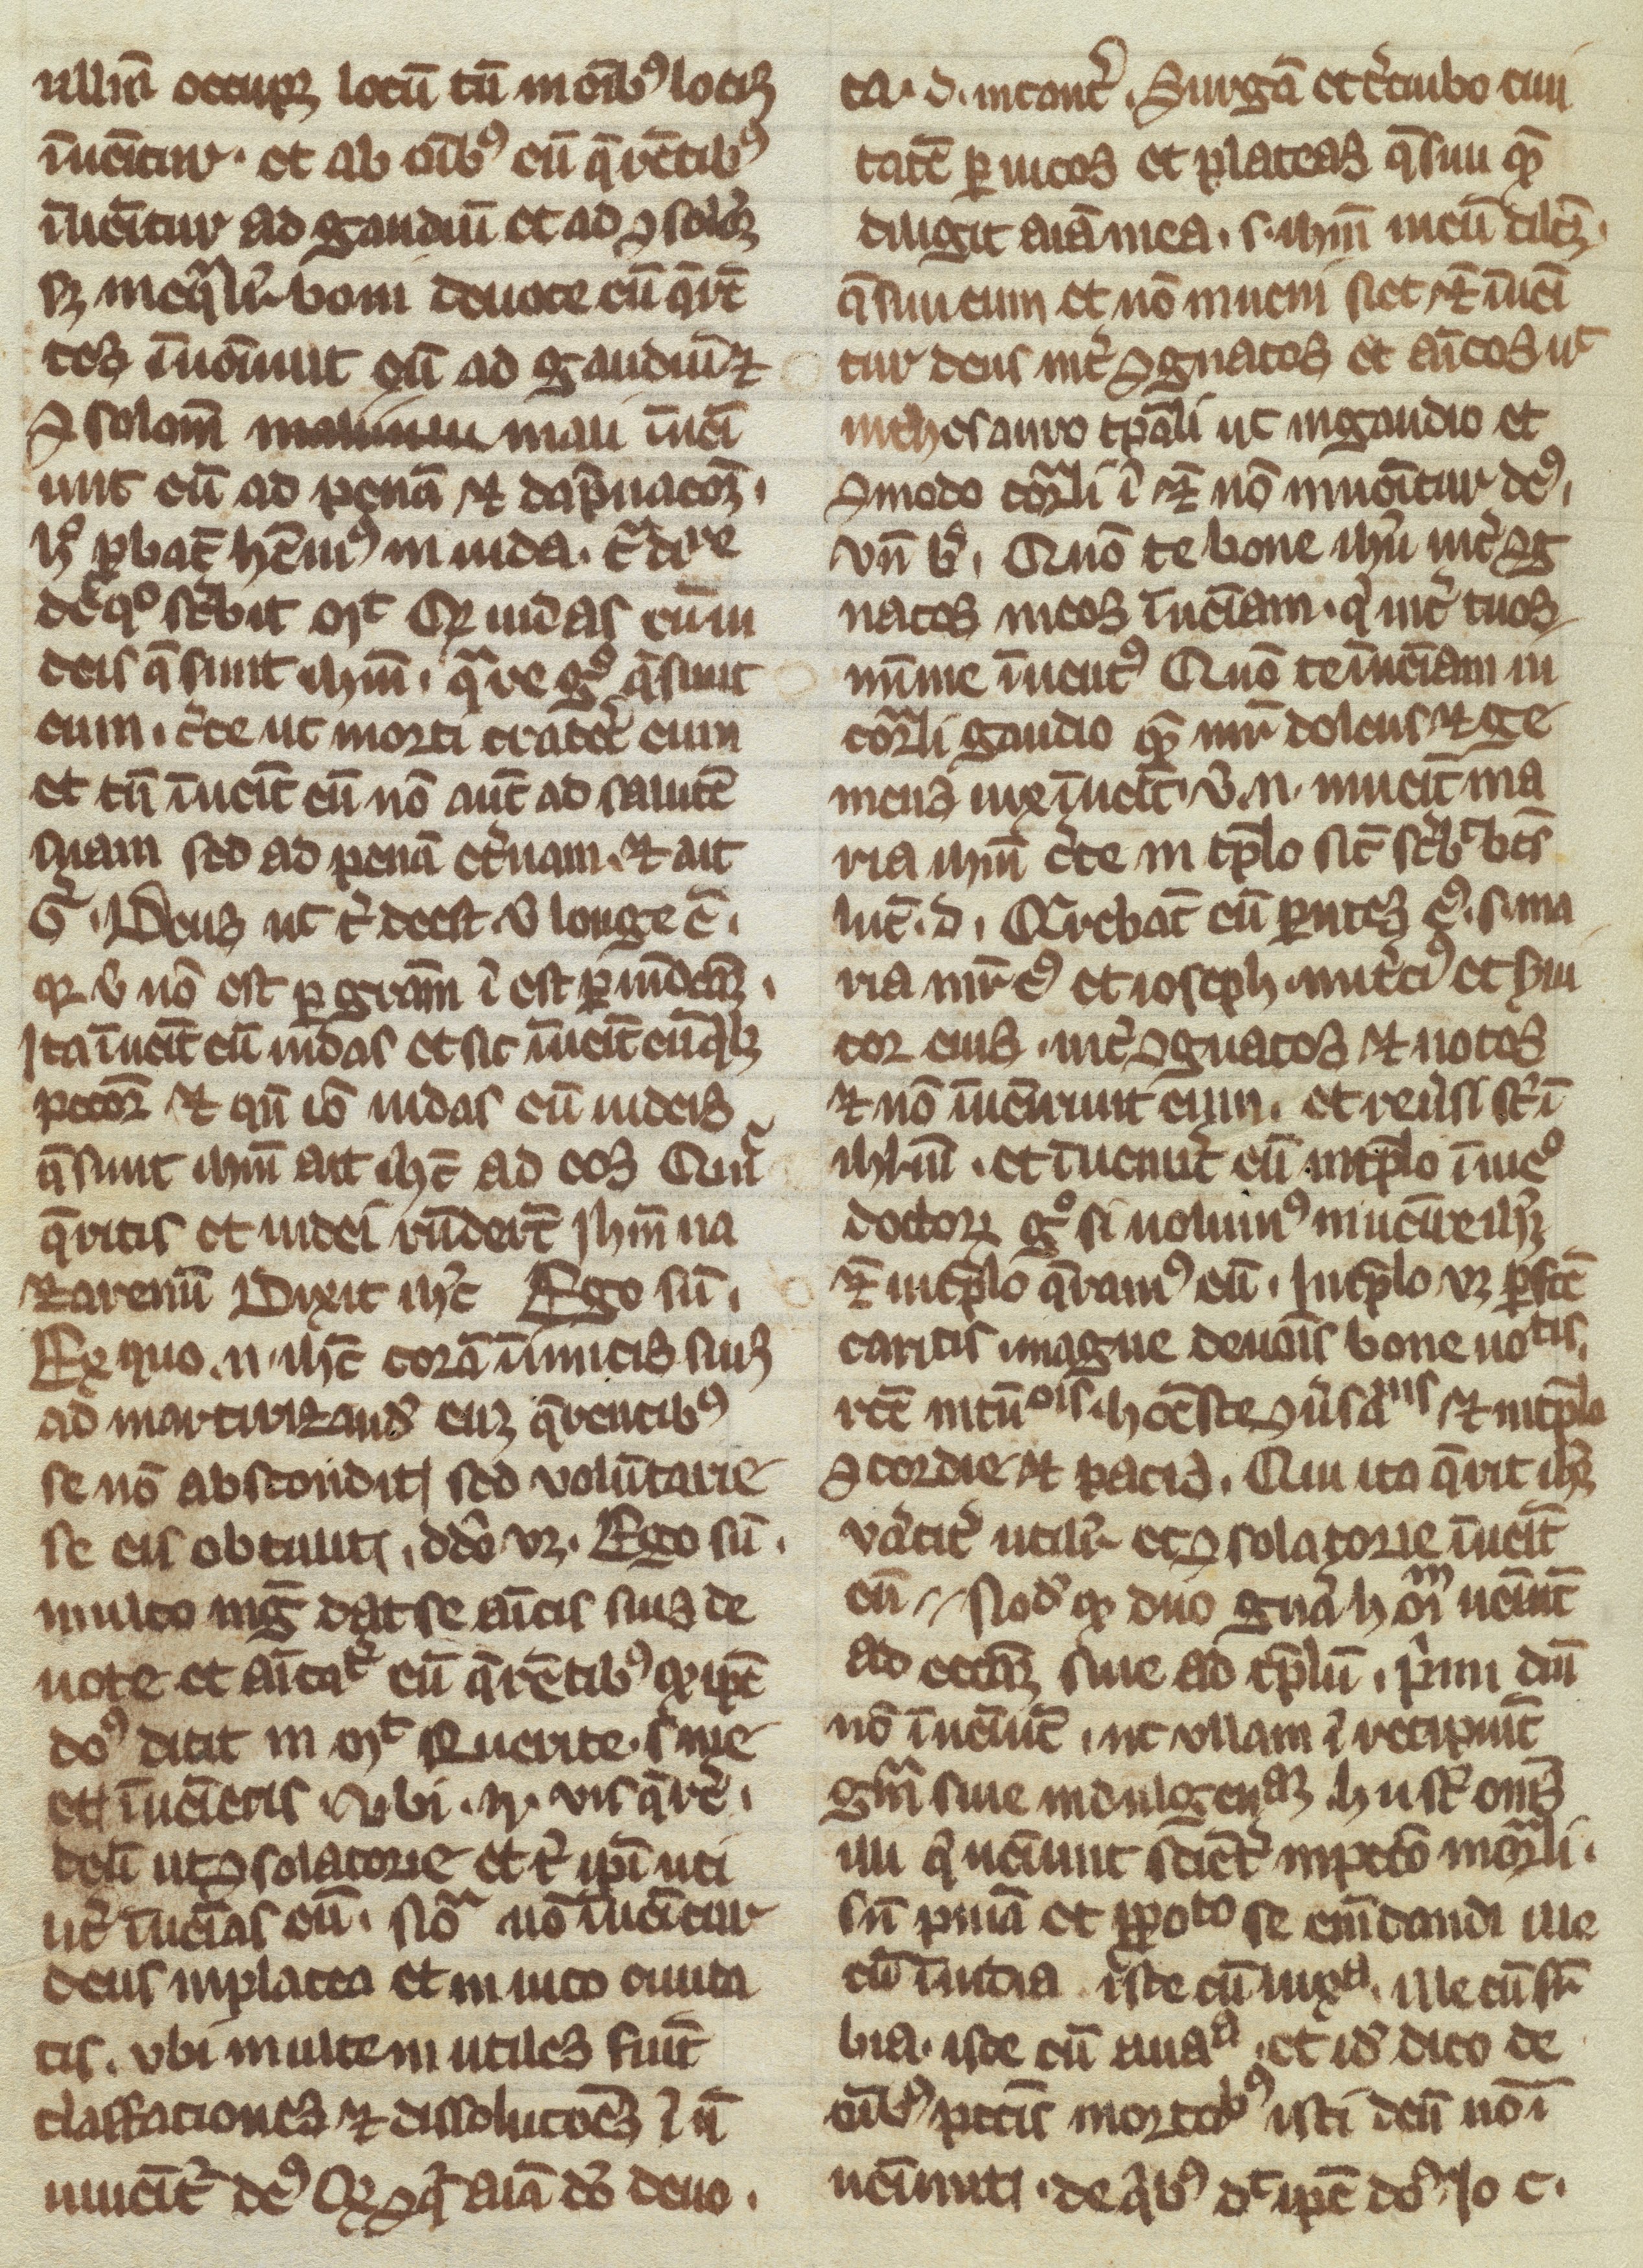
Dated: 1300–1399